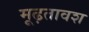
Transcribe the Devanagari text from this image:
मूढ़तावश